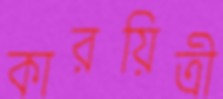
কারয়িত্রী